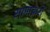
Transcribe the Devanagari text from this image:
सामाचारों